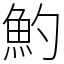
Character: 魡